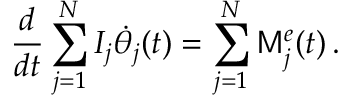
\frac { d } { d t } \sum _ { j = 1 } ^ { N } I _ { j } \dot { \theta } _ { j } ( t ) = \sum _ { j = 1 } ^ { N } \mathsf { M } _ { j } ^ { e } ( t ) \, .